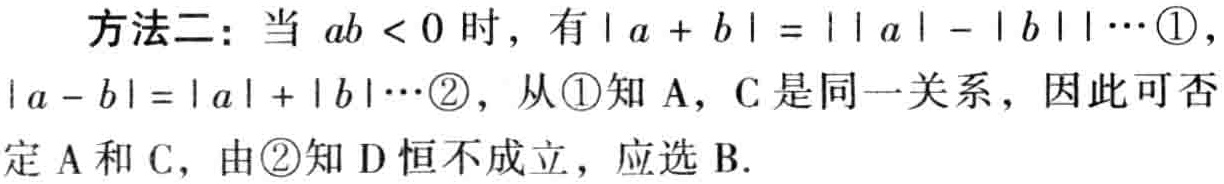
方法二：当 \(ab < 0\) 时，有 \(| a + b | = || a | - | b ||\cdots\textcircled{1}\)，\(| a - b | = | a | + | b |\cdots\textcircled{2}\)，从\textcircled{1}知 A，C 是同一关系，因此可否定 A 和 C，由\textcircled{2}知 D 恒不成立，应选 B.